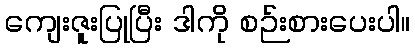
ကျေးဇူးပြုပြီး ဒါကို စဉ်းစားပေးပါ။